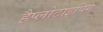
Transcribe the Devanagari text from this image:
हैप्लोटाइपिंग